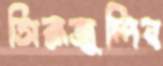
সিরাজুদ্দিন